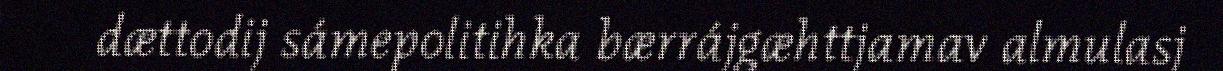
dættodij sámepolitihka bærrájgæhttjamav almulasj